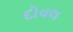
દોવલ